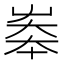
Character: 𡘶